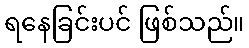
ရနေခြင်းပင် ဖြစ်သည်။